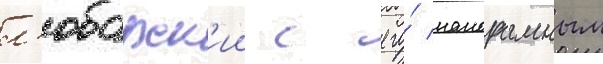
л'юбарск'ии с его́ панорамным